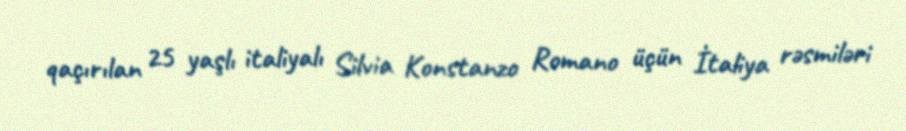
qaçırılan 25 yaşlı italiyalı Silvia Konstanzo Romano üçün İtaliya rəsmiləri